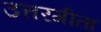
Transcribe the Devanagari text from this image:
उत्तरगीता